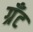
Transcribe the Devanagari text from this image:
ग्रॅंट